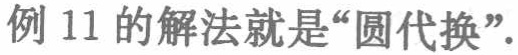
例 11 的解法就是“圆代换”.